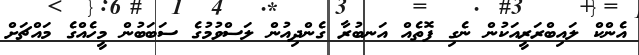
އެންކް ލައިބްރަރީއަކުން ނެގި ފޮތެއް އަނބުރާ ގެންދިއުން ލަސްވުމުގެ ސަބަބުން މީހެއްގެ މައްޗަށް